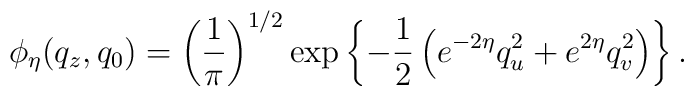
\phi_{\eta }(q_{z},q_{0}) = \left({1 \over \pi }\right)^{1/2} \exp\left\{-{1\over 2}\left(e^{-2\eta}q_{u}^{2} + e^{2\eta}q_{v}^{2}\right)\right\} .